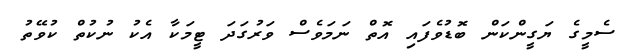
ސެމީގެ ޔަގީންކަން ބޮޑުވެފައި އޮތް ނަމަވެސް ވަރުގަދަ ޓީމަކާ އެކު ނުކުތް ކުވޭތު